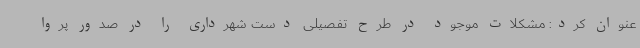
عنوان کرد: مشکلات موجود در طرح تفصیلی دست شهرداری را در صدور پروا